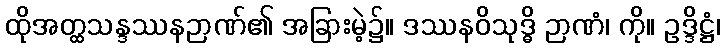
ထိုအတ္ထသန္ဒဿနဉာဏ်၏ အခြားမဲ့၌။ ဒဿနဝိသုဒ္ဓိ ဉာဏံ၊ ကို။ ဥဒ္ဒိဋ္ဌံ၊